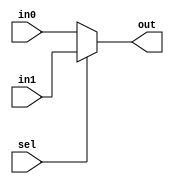
module mux2_1(in0, in1, out, sel);

parameter OPERAND_WIDTH = 16;
input sel;
input [OPERAND_WIDTH -1:0] in0, in1;
output [OPERAND_WIDTH -1:0] out;


assign out = sel ? in1:in0;


endmodule